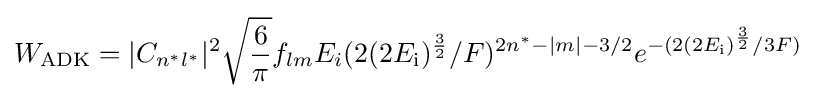
W_{\text{ADK}}=|C_{n^{*}l^{*}}|^{2}{\sqrt {\frac {6}{\pi }}}f_{lm}E_{i}(2(2E_{\text{i}})^{\frac {3}{2}}/F)^{2n^{*}-|m|-3/2}e^{-(2(2E_{\text{i}})^{\frac {3}{2}}/3F)}